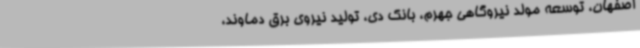
اصفهان، توسعه مولد نیروگاهی جهرم، بانک دی، تولید نیروی برق دماوند،